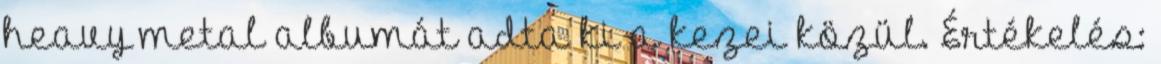
heavy metal albumát adta ki a kezei közül. Értékelés: